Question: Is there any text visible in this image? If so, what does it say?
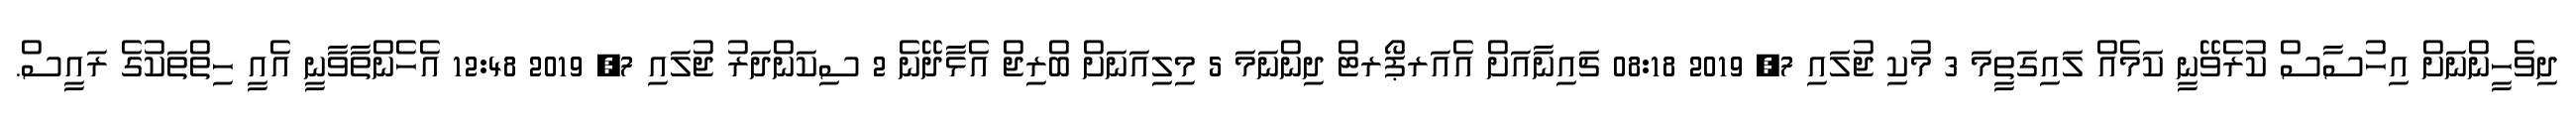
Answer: ދިވެހީންނަށް އިހުސާސް ކުރެވޭނީ ކަމެއް ލައިގަތީމަ 3 މުކި ޖުލައި 7, 2019 08:18 ޗައިނާއަށް އެއަރޕޯރޓް ދިންނަމަ 5 މިލިއަނަށް ބްރިޖް އެޅާދޭނެ 2 ސިކަންދަރު ޖުލައި 7, 2019 12:48 އެހެންތާވާނީ އެއީ ހިތްތަކުގެ ރައީސް.